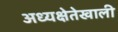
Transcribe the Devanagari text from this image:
अध्यक्षेतेखाली